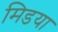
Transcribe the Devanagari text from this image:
मिडया